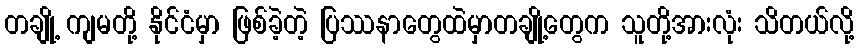
တချို့ ကျမတို့ နိုင်ငံမှာ ဖြစ်ခဲ့တဲ့ ပြဿနာတွေထဲမှာတချို့တွေက သူတို့အားလုံး သိတယ်လို့